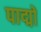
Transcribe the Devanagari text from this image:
पाद्मों